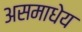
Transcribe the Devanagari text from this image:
असमाधेय